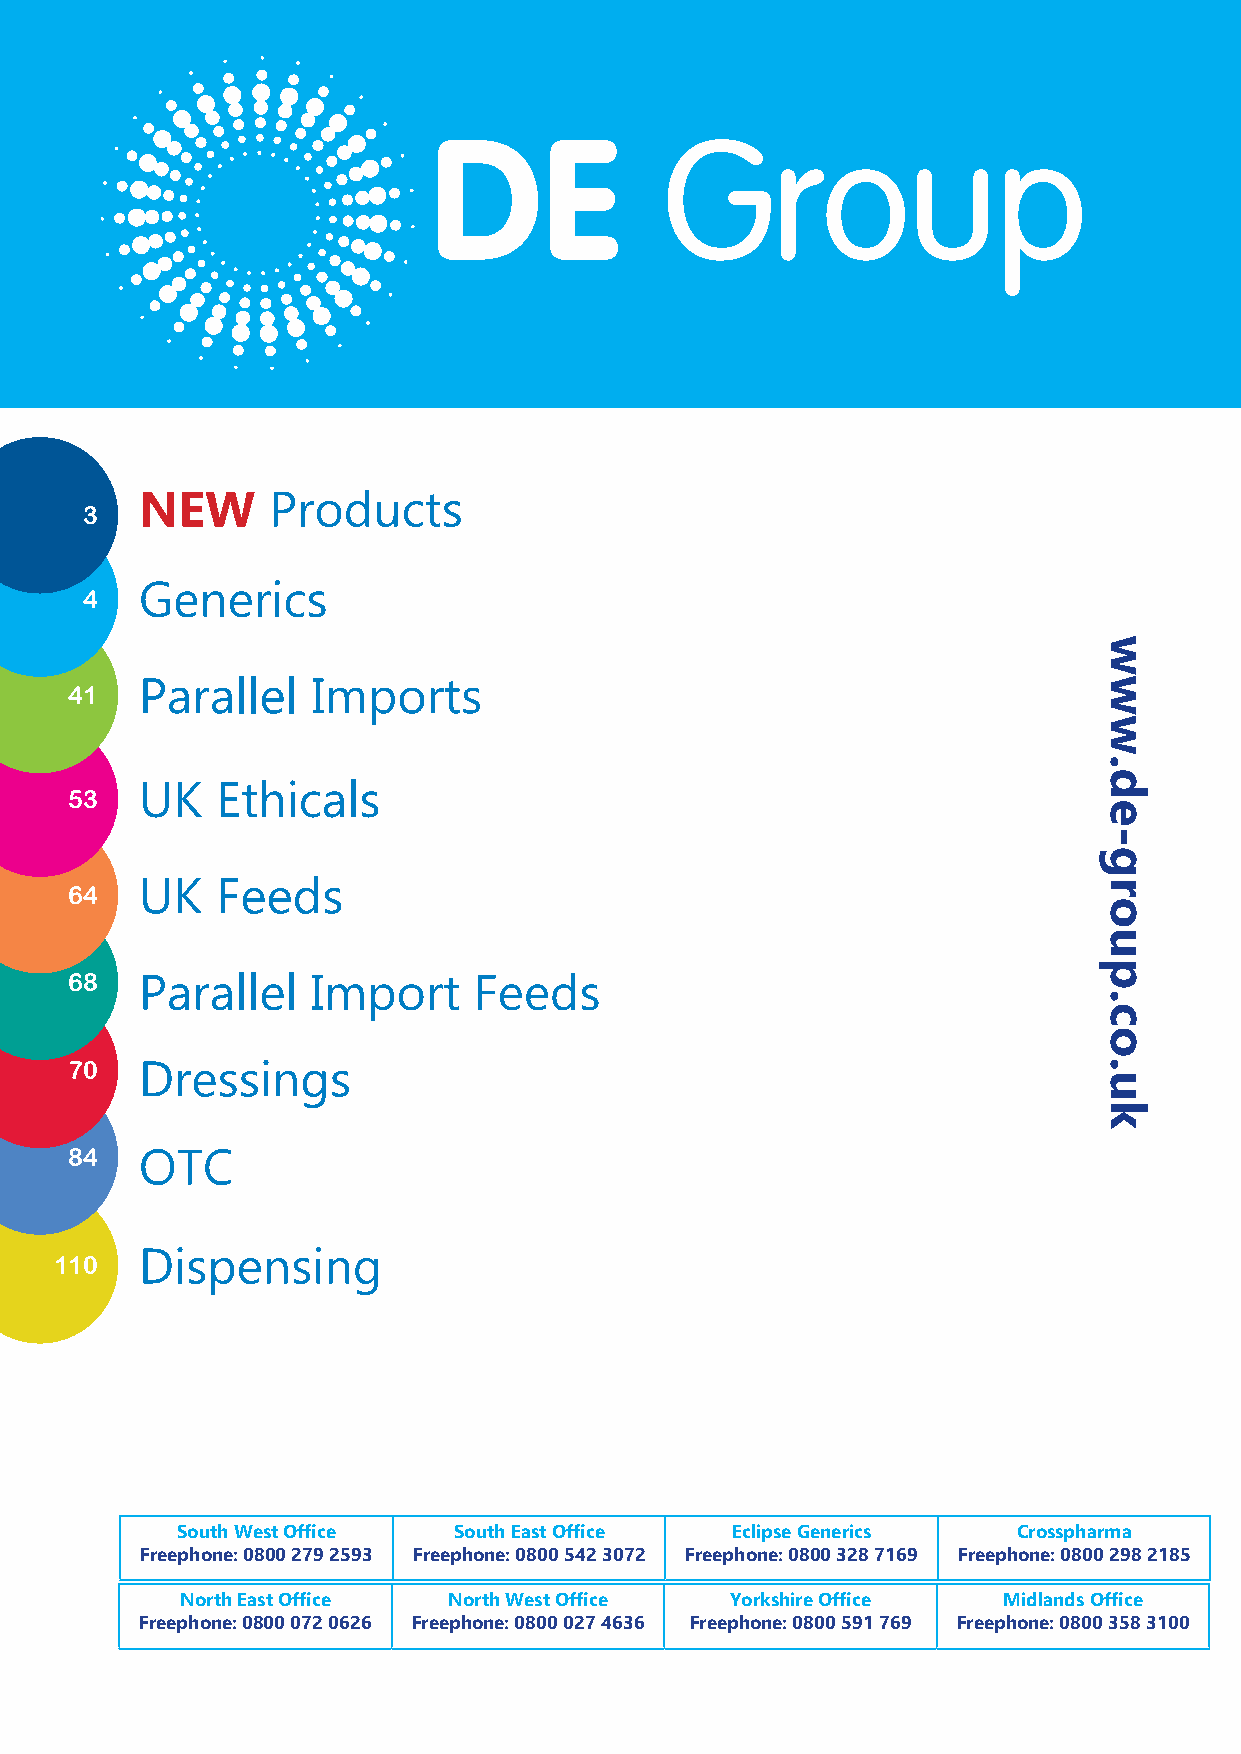
NEW      Products
 3
 Generics
 4
 Parallel    Imports
 41
 UK   Ethicals
 53
 UK   Feeds
 64
 68  Parallel    Import    Feeds
 70  Dressings
 84  OTC
 Dispensing
 110
 South West Office South East Office Eclipse Generics   Crosspharma
 Freephone: 0800 279 2593 Freephone: 0800 542 3072 Freephone: 0800 328 7169 Freephone: 0800 298 2185
 North East Office North West Office Yorkshire Office  Midlands Office
 Freephone: 0800 072 0626 Freephone: 0800 027 4636 Freephone: 0800 591 769 Freephone: 0800 358 3100
 www.de-group.co.uk